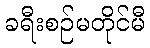
ခရီးစဉ်မတိုင်မီ